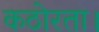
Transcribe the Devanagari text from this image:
कठोरता।